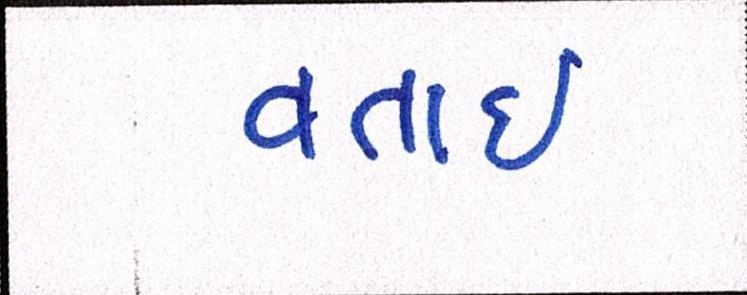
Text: વતાર્ઇ